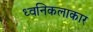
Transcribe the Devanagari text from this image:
ध्वनिकलाकार